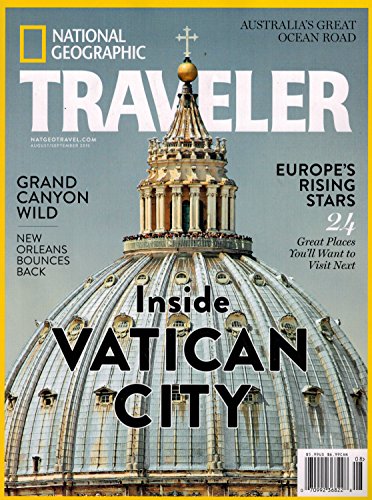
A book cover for National Geographic Traveler August September 2015 Inside Vatican City; Wall Periodicals Online; Travel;